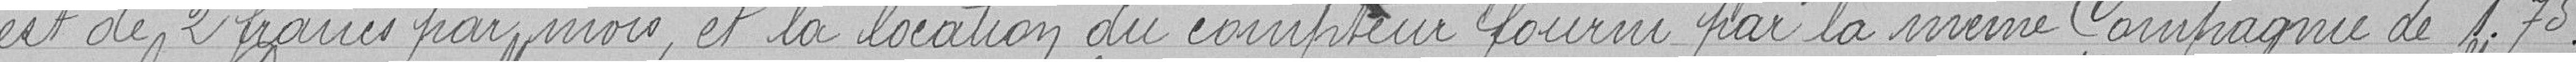
est de 2 francs par mois et la location du compteur fourni par la même Compagnie de